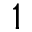
1